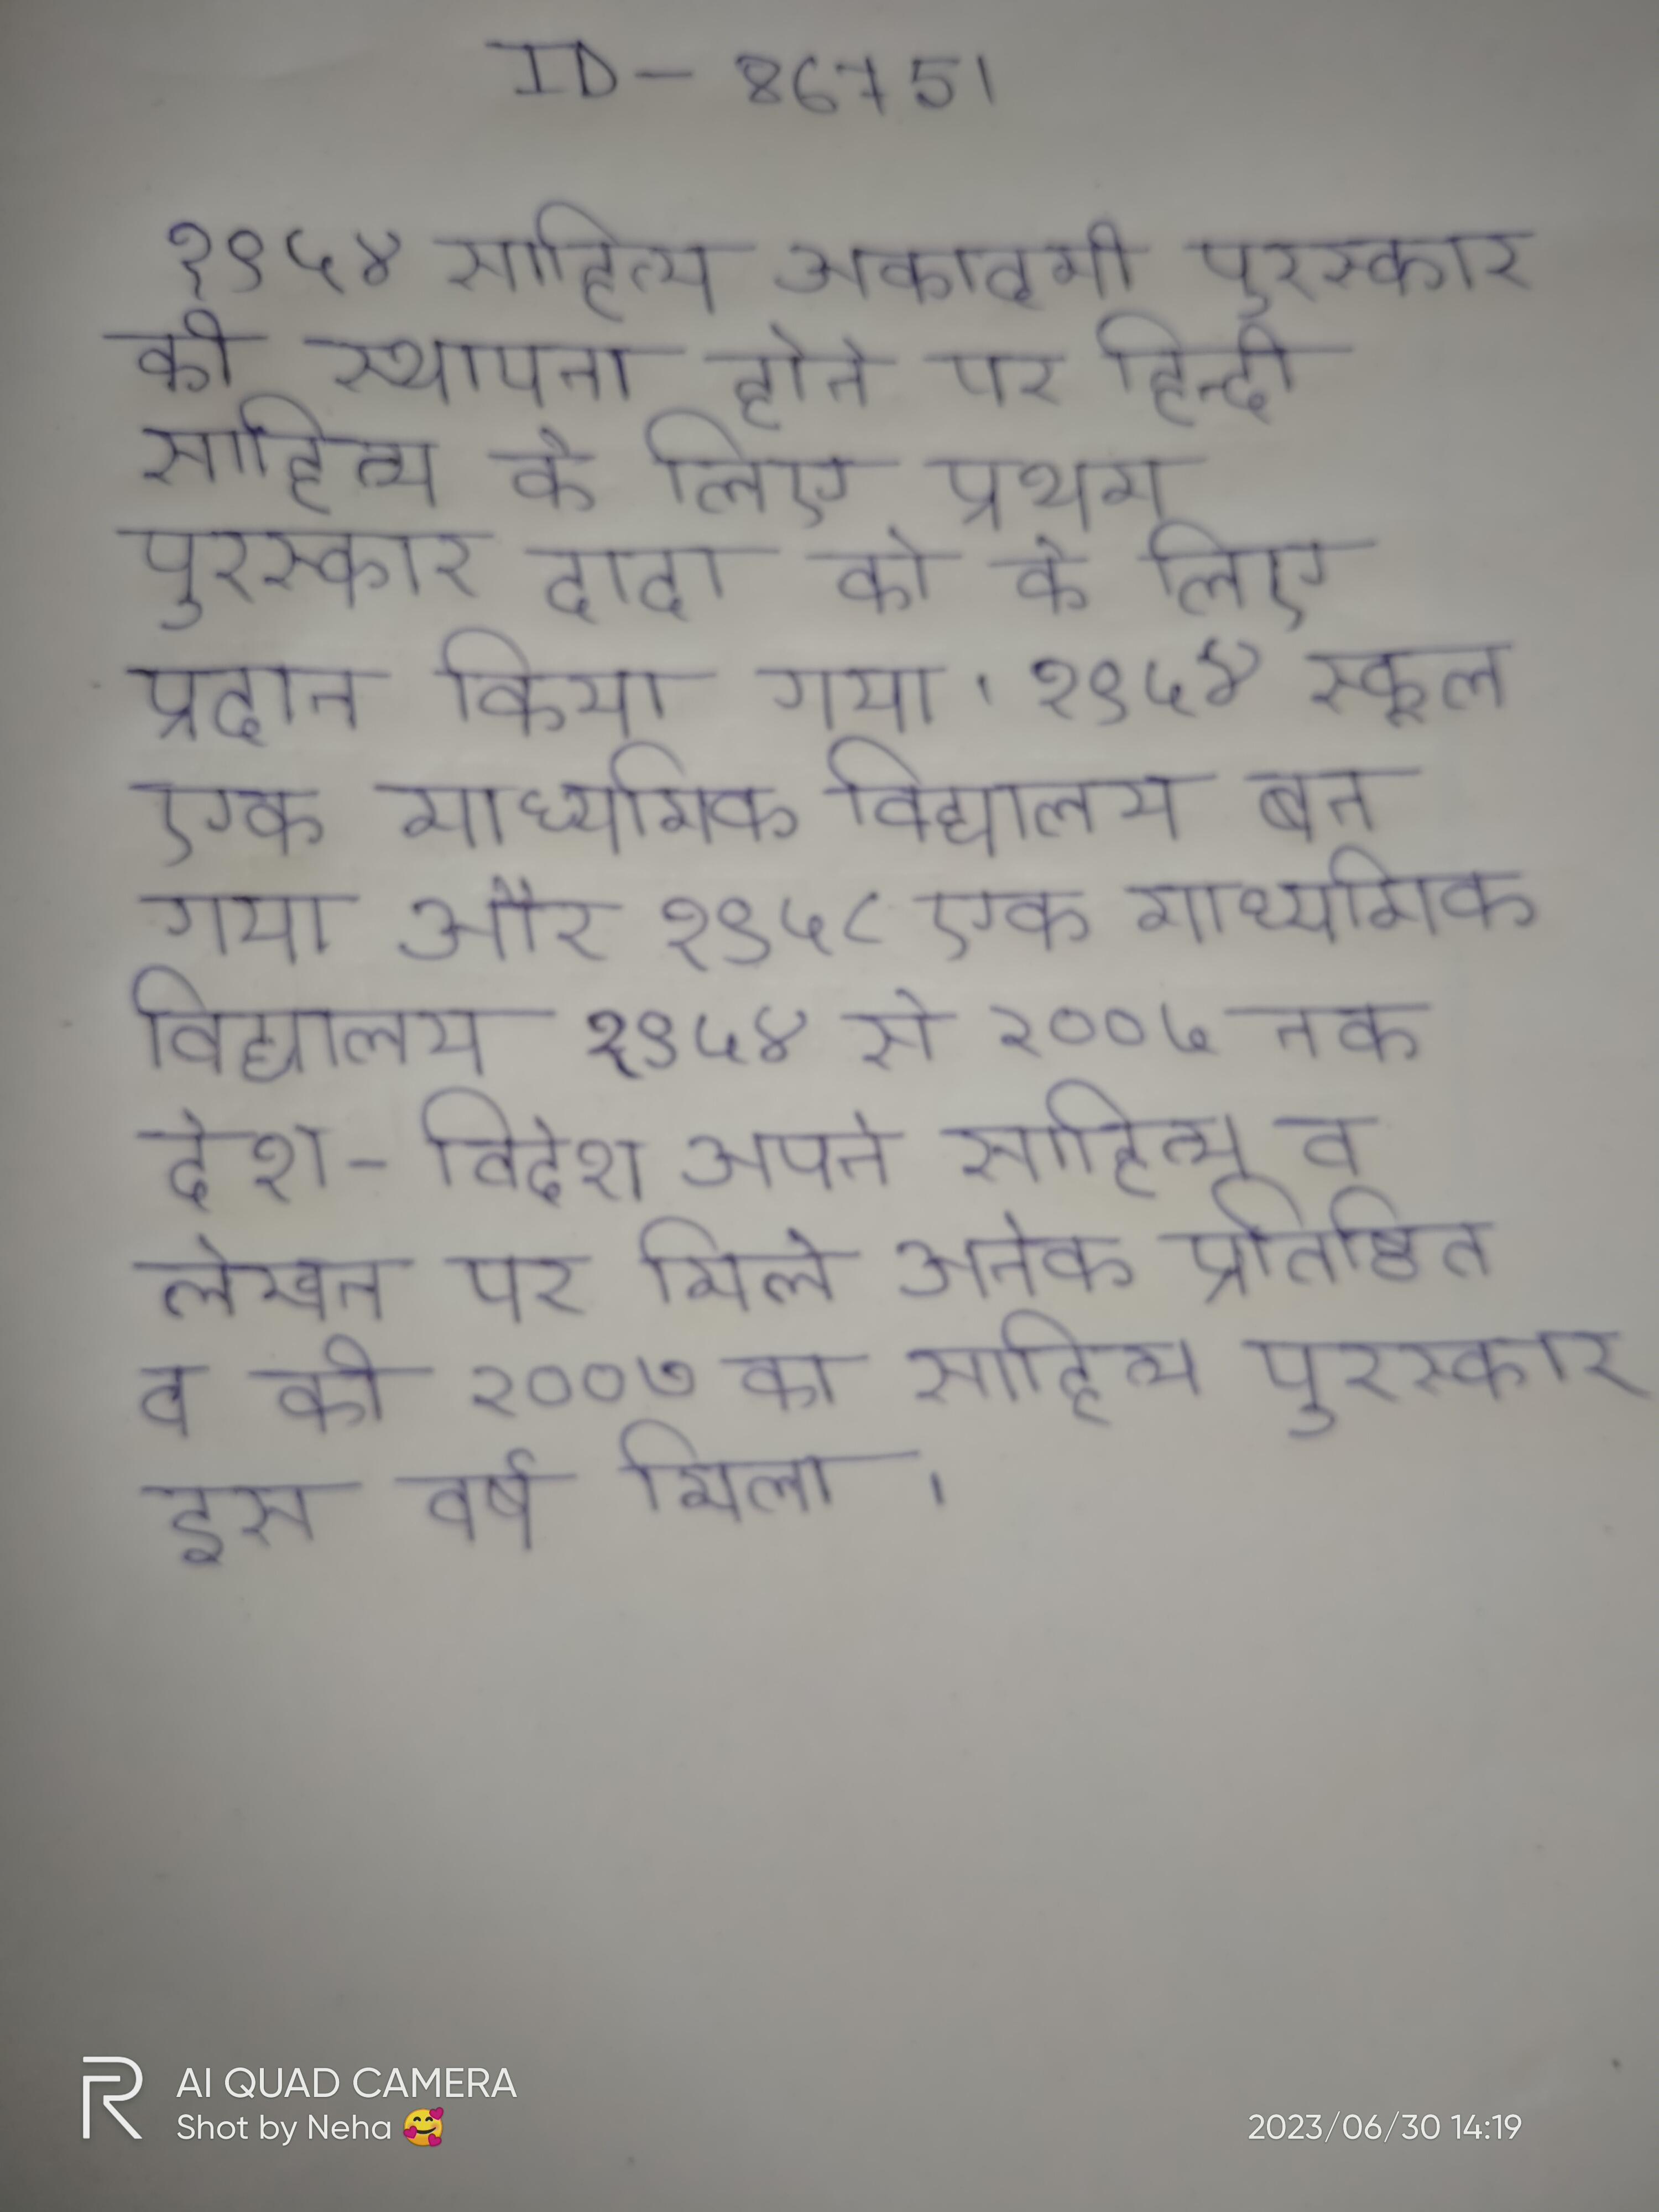
१९५४ साहित्य अकादमी पुरस्कार की स्थापना होने पर हिन्दी साहित्य के लिए प्रथम पुरस्कार दादा को के लिए प्रदान किया गया । १९५४ स्कूल एक माध्यमिक विद्यालय बन गया और १९५८ एक बहुउद्देशीय उच्चतर माध्यमिक विद्यालय । १९५४ से २००५ तक देश-विदेश अपने साहित्य व लेखन पर मिले अनेक प्रतिष्ठित व की २००७ का साहित्य पुरस्कार इस वर्ष मिला ।